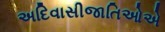
અદિવાસીજાતિઓએ